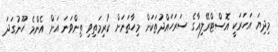
މިދިޔަ އަހަރަކީ އޮސްޓްރޭލިއާގެ ސަރަހައްދުތަކަށް މިހާތަނަށް ކުރިމަތިވި ތިންވަނަ އަށް އެންމެ ހޫނުގަދަ